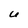
Character: U